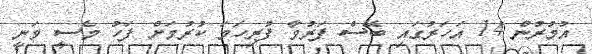
އުމުރުން 14 އަހަރުގައި ބޭސް ފަރުވާ ފުރިހަމަ ކުރުމަށް ފަހު މެސީ ވަނީ